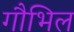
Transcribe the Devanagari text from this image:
गौभिल